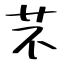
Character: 芣